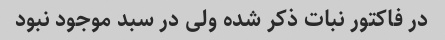
در فاکتور نبات ذکر شده ولی در سبد موجود نبود